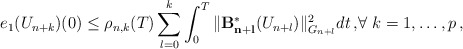
\begin{align*} \displaystyle{e_{1}(U_{n+k})(0) \le \rho_{n,k}(T) \sum_{l=0}^k\int_0^T \| \mathcal{\mathbf{B^{\ast}_{n+l}}}(U_{n+l}) \|_{G_{n+l}}^2 dt \,,}\forall \ k=1, \ldots, p \,,\end{align*}